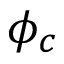
\phi _ { c }